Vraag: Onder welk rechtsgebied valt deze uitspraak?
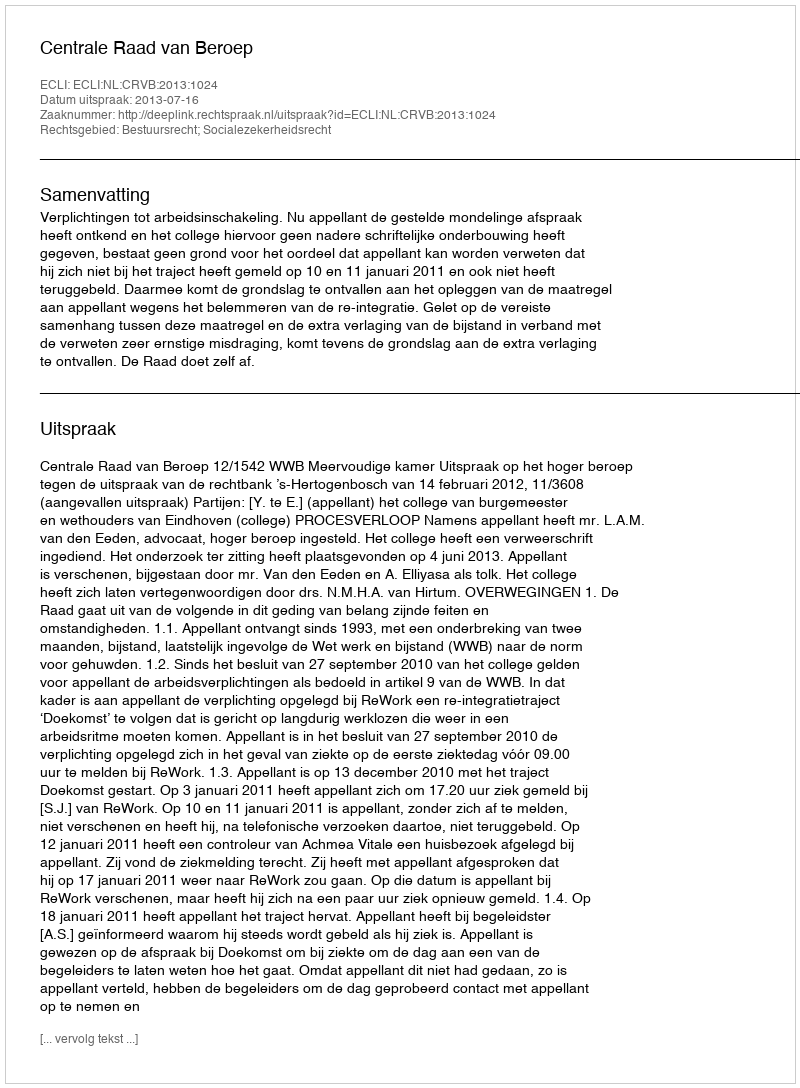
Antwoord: Bestuursrecht; Socialezekerheidsrecht